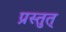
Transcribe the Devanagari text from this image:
प्रस्तुत्